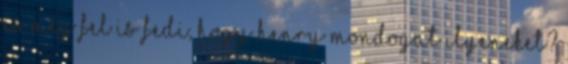
és még fel is fedi, hogy Henry mondogat ilyeneket?